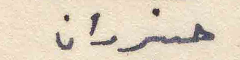
حزيران